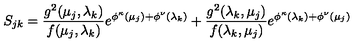
S _ { j k } = \frac { g ^ { 2 } ( \mu _ { j } , \lambda _ { k } ) } { f ( \mu _ { j } , \lambda _ { k } ) } e ^ { \phi ^ { \kappa } ( \mu _ { j } ) + \phi ^ { \nu } ( \lambda _ { k } ) } + \frac { g ^ { 2 } ( \lambda _ { k } , \mu _ { j } ) } { f ( \lambda _ { k } , \mu _ { j } ) } e ^ { \phi ^ { \kappa } ( \lambda _ { k } ) + \phi ^ { \nu } ( \mu _ { j } ) }